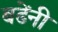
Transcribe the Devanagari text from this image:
बढेंनी